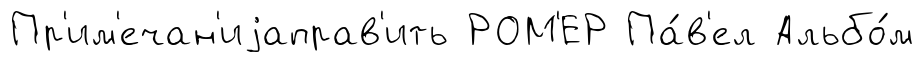
Пр'им'ечан'иjаправ'ить РОМ'ЕР Па́в'ел Альбо́м